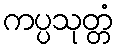
ကပ္ပသုတ္တံ